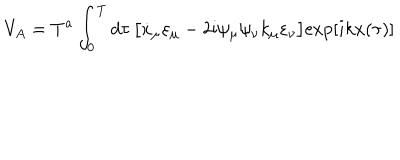
LaTeX: V _ { A } = T ^ { a } \int _ { 0 } ^ { T } d \tau \, \bigl [ \dot { x } _ { \mu } \varepsilon _ { \mu } - 2 \mathrm { i } \psi _ { \mu } \psi _ { \nu } k _ { \mu } \varepsilon _ { \nu } \bigr ] \mathrm { e x p } [ i k x ( { \tau } ) ]